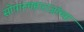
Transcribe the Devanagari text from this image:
सोपानमहाराजांच्या